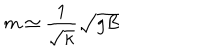
LaTeX: m \simeq \frac { 1 } { \sqrt { \kappa } } \sqrt { g B }